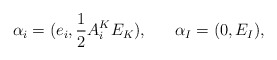
\begin{align*}\alpha_i = (e_i, {1\over 2}A^K_i E_K), \ \ \ \ \ \alpha_I =(0,E_I), \end{align*}